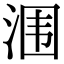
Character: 涠